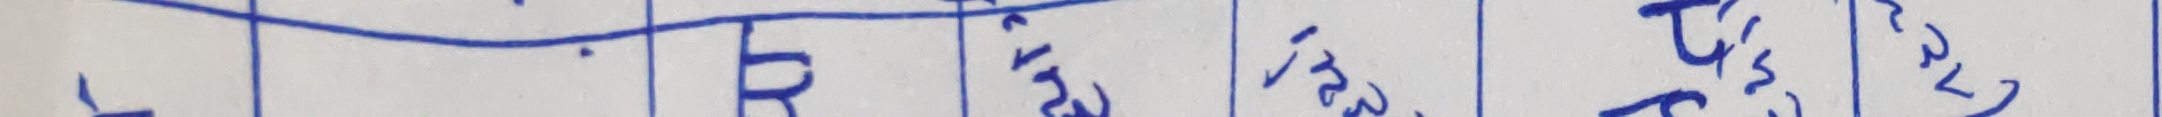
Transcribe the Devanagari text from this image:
.→१२३ टु''स र वि व